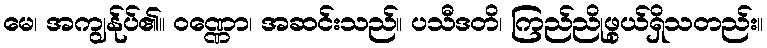
မေ၊ အကျွန်ုပ်၏။ ဝဏ္ဏော၊ အဆင်းသည်။ ပသီဒတိ၊ ကြည်ညိုဖွယ်ရှိသတည်း။